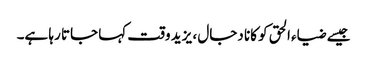
جیسے ضیاء الحق کو کانا دجال ، یزید وقت کہا جاتا رہا ہے۔